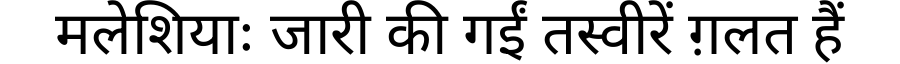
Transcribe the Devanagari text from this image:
मलेशियाः जारी की गईं तस्वीरें ग़लत हैं